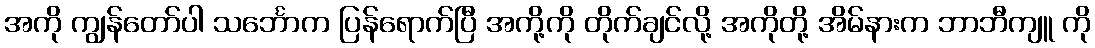
အကို ကျွန်တော်ပါ သင်္ဘောက ပြန်ရောက်ပြီ အကို့ကို တိုက်ချင်လို့ အကိုတို့ အိမ်နားက ဘာဘီကျူ ကို